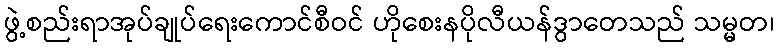
ဖွဲ့စည်းရာအုပ်ချုပ်ရေးကောင်စီဝင် ဟိုစေးနပိုလီယန်ဒွာတေသည် သမ္မတ၊